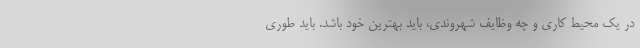
در یک محیط کاری و چه وظایف شهروندی، باید بهترین خود باشد. باید طوری